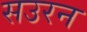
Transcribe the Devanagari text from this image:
सउरन